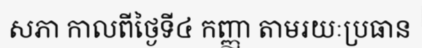
សភា កាលពីថ្ងៃទី៤ កញ្ញា តាមរយៈប្រធាន